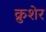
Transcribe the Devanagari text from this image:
क्रुशेर